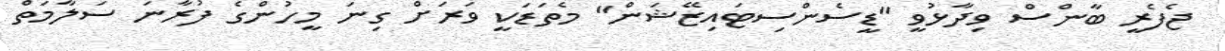
ޖެފެރީ ބާންސް ވިދާޅުވީ "ޑީސެންސިޓައިޒޭޝަން" މެތަޑަކީ ވަރަށް ގިނަ މީހުންގެ ފުރާނަ ސަލާމަތް